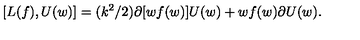
[ L ( f ) , U ( w ) ] = ( k ^ { 2 } / 2 ) \partial [ w f ( w ) ] U ( w ) + w f ( w ) \partial U ( w ) .